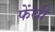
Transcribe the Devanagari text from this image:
फेंसी